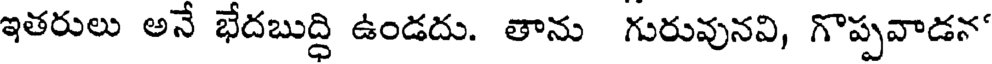
ఇతరులు అనే భేదబుద్ధి ఉండదు. తాను గురువునవి, గొప్పవాడన